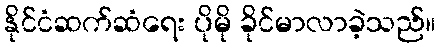
နိုင်ငံဆက်ဆံရေး ပိုမို ခိုင်မာလာခဲ့သည်။